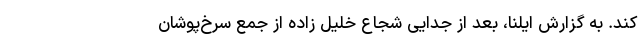
کند. به گزارش ایلنا، بعد از جدایی شجاع خلیل زاده از جمع سرخ‌پوشان